Veterinary regulations India, 1925 -
Year: 1925
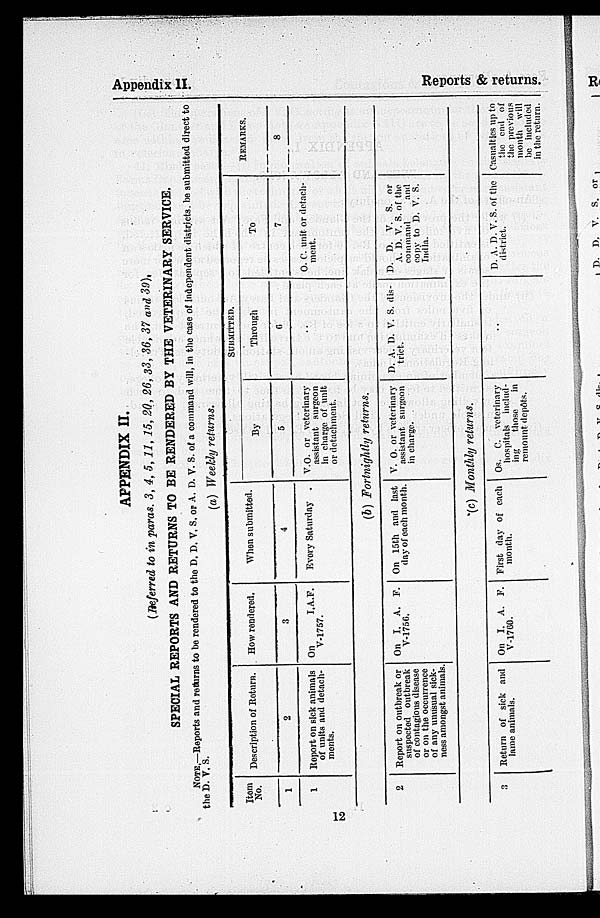
Appendix II.
Reports & returns.
APPENDIX II.
(Referred to in paras. 3, 4, 5, 11, 15, 20, 26, 33, 36, 37 and 39),
SPECIAL REPORTS AND RETURNS TO BE RENDERED BY THE VETERINARY SERVICE.
NOTE.—Reports and returns to be rendered to the D. D. V. S. or A. D. V. S. of a command will, in the case of Independent districts, be submitted direct to
the D. V. S.
(a) Weekly returns.
Item
1
1
Description of Return.
2
Report on sick animals
of units and detach¬
ments.
How rendered.
3
On
I.A.F.
V-1757.
When submitted.
4
Every Saturday .
SUBMITTED.
By
5
V.O. or veterinary
assistant surgeon
in charge of unit
or detachment.
Through
6
To
7
O. C. unit or detach-
ment.
REMARKS.
8
(b) Fortnightly returns.
2
Report on outbreak or
suspected outbreak
of contagious disease
or on the occurrence
of any unusual sick-
ness amongst animals.
On I, A. P.
V-1756.
On 15th and last
day of each month.
V. O. or veterinary
assistant surgeon
in charge.
D. A. D. V. S. dis-
trict.
D. D. V. S. or
A. D. V. S. of the
command
and
copy to D. V. S.
India.
(c) Monthly returns.
3
Return of sick and
lame animals.
On I. A. E.
V-1760.
First day of each
month.
Os. C. veterinary
hospitals includ-
ing
those
in
remount depôts.
D. A. D. V. S. of the
district.
Casualties up to
the end of
the previous
month will
be included
in the return.
12